Annual report of the Punjab Veterinary College and of the Civil Veterinary Department, Punjab - 1894-1908
Year: 1894
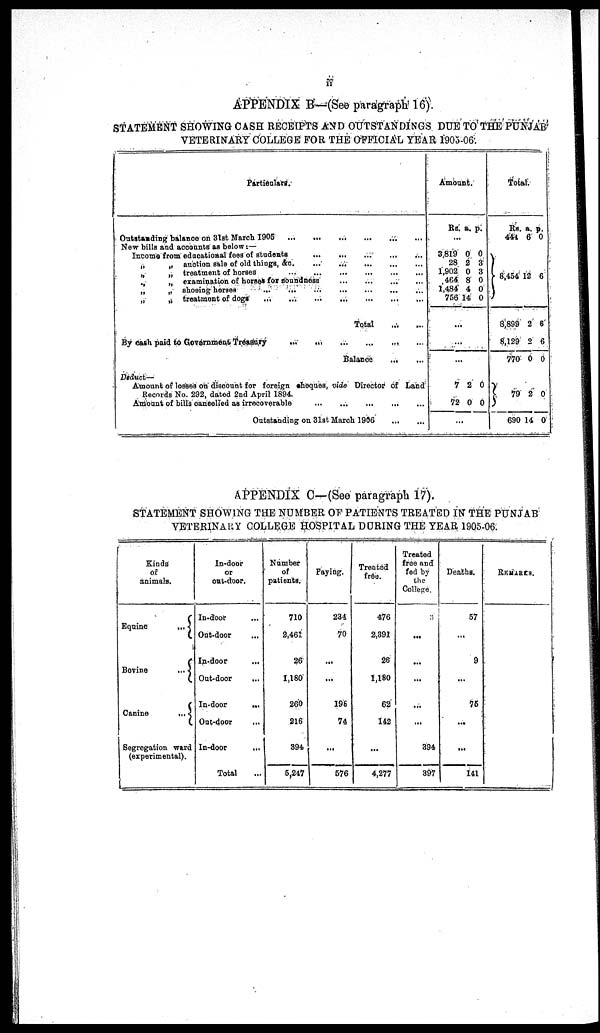
ii
APPENDIX B—(See paragraph 16).
STATEMENT SHOWING CASH RECEIPTS AND OUTSTANDINGS DUE TO THE PUNJAB
VETERINARY COLLEGE FOR THE OFFICIAL YEAR 1905-06:
Particulars.
Outstanding balance on 31st March 1905
...
...
...
...
...
...
New bills and accounts as below :—
Income from educational foes of students
... ... ... ... ...
„ „ auction sale of old things,
&c.
...
...
...
...
...
„
„ treatment of horses
...
...
...
...
...
...
„ „ examination of horses for foundness ... ... ... ...
„
„ shosing
horses
...
...
...
...
...
...
...
„
„ treatment of dogs
...
...
...
...
...
...
...
Total
...
...
By cash paid to Government. Treasury
...
...
...
...
...
...
Balance
...
...
Deduct—
Amount of losses on discount for foreign sheques, vide Director of Land
Records No. 292, dated 2nd April 1894.
Amount of bills oancelled as irrecoverable
...
...
...
...
Outstanding on 31st March 1906
...
...
Amount.
Rs. a. p.
...
3,819
28
1,902
464
1,484
756
0
2
0
8
4
14
0
3
3
0
0
0
...
...
...
7
72
2
0
0
0
...
Total.
Rs.
444
a.
6
p.
0
8,454
8,899
8,129
770
12
2
2
0
6
6
6
0
79
690
2
14
0
0
APPENDIX C—(See paragraph 17).
STATEMENT SHOWING THE NUMBER OF PATIENTS TREATED IN THE PUNJAB
VETERINARY COLLEGE HOSPITAL DURING THE YEAR 1905-06.
Kinds
animals.
Equine
...
Bovine
...
Canine
...
Segregation ward
(experimental).
In-door
or
oat-door.
In-door ...
Out-door ...
In-door
...
Out-door
In-door
...
Out-door ...
In-door ...
Total ...
Number
of
patients.
710
2,461
26
1,180
260
216
394
5,247
Paying.
234
70
...
...
198
74
...
576
Treated
free.
476
2,391
26
1,180
62
142
...
4,277
Treated
free and
fed by
the
College.
...
...
...
...
...
394
397
Deaths.
57
...
9
...
75
...
...
141
REMARKS.